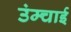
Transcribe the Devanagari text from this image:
उंम्चाई